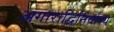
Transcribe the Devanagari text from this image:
अगाराद्विनिर्वास्य